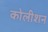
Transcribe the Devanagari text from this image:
कोलीशन